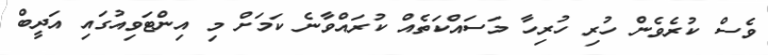
ވެސް ކުރެވެން ހުރި ހުރިހާ މަސައްކަތެއް ކުރައްވާނެ ކަމަށް މި އިންޓަވިއުގައި އަދީބް